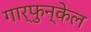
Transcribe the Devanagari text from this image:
गार्फुन्केल